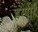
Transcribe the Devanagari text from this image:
हम्पीहै